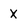
Character: X